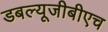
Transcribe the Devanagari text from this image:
डबल्यूजीबीएच